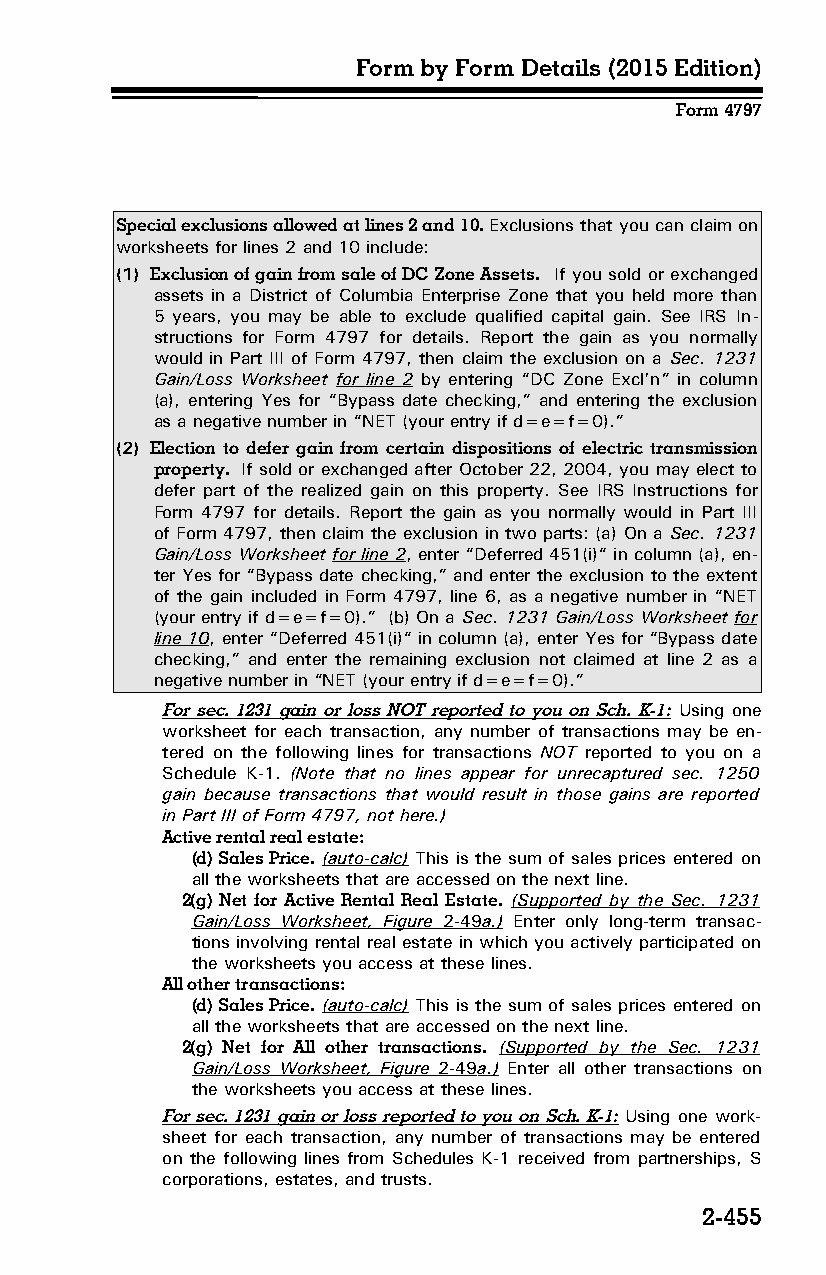
Form by Form Details (2015 Edition)
 Form 4797
 Special exclusions allowed at lines 2 and 10. Exclusions that you can claim on
 worksheets for lines 2 and 10 include:
 (1) Exclusion of gain from sale of DC Zone Assets. If you sold or exchanged
 assets in a District of Columbia Enterprise Zone that you held more than
 5 years, you may be able to exclude qualified capital gain. See IRS In­
 structions for Form 4797 for details. Report the gain as you normally
 would in Part III of Form 4797, then claim the exclusion on a Sec. 1231
 Gain/Loss Worksheet for line 2 by entering “DC Zone Excl’n” in column
 (a), entering Yes for “Bypass date checking,” and entering the exclusion
 as a negative number in “NET (your entry if d=e=f=0).”
 (2) Election to defer gain from certain dispositions of electric transmission
 property. If sold or exchanged after October 22, 2004, you may elect to
 defer part of the realized gain on this property. See IRS Instructions for
 Form 4797 for details. Report the gain as you normally would in Part III
 of Form 4797, then claim the exclusion in two parts: (a) On a Sec. 1231
 Gain/Loss Worksheet for line 2, enter “Deferred 451(i)“ in column (a), en­
 ter Yes for “Bypass date checking,” and enter the exclusion to the extent
 of the gain included in Form 4797, line 6, as a negative number in “NET
 (your entry if d=e=f=0).” (b) On a Sec. 1231 Gain/Loss Worksheet for
 line 10, enter “Deferred 451(i)“ in column (a), enter Yes for “Bypass date
 checking,” and enter the remaining exclusion not claimed at line 2 as a
 negative number in “NET (your entry if d=e=f=0).”
 For sec. 1231 gain or loss NOT reported to you on Sch. K-1: Using one
 worksheet for each transaction, any number of transactions may be en­
 tered on the following lines for transactions NOT reported to you on a
 Schedule K-1. (Note that no lines appear for unrecaptured sec. 1250
 gain because transactions that would result in those gains are reported
 in Part III of Form 4797, not here.)
 Active rental real estate:
 (d) Sales Price. (auto-calc) This is the sum of sales prices entered on
 all the worksheets that are accessed on the next line.
 2(g) Net for Active Rental Real Estate. (Supported by the Sec. 1231
 Gain/Loss Worksheet, Figure 2-49 a.) Enter only long-term transac­
 tions involving rental real estate in which you actively participated on
 the worksheets you access at these lines.
 All other transactions:
 (d) Sales Price. (auto-calc) This is the sum of sales prices entered on
 all the worksheets that are accessed on the next line.
 2(g) Net for All other transactions. (Supported by the Sec. 1231
 Gain/Loss Worksheet, Figure 2-49 a.) Enter all other transactions on
 the worksheets you access at these lines.
 For sec. 1231 gain or loss reported to you on Sch. K-1: Using one work­
 sheet for each transaction, any number of transactions may be entered
 on the following lines from Schedules K-1 received from partnerships, S
 corporations, estates, and trusts.
 2-455